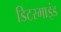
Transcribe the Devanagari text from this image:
डिटरमाइंड